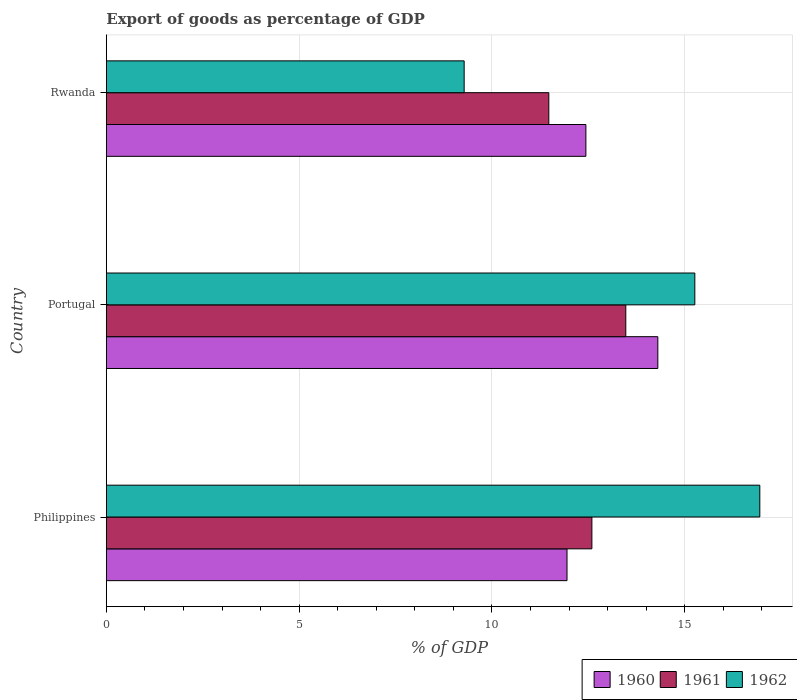
| Country | 1960 | 1961 | 1962 |
 | --- | --- | --- | --- |
 | Philippines | 11.9 | 12.6 | 16.9 |
 | Portugal | 14.3 | 13.5 | 15.3 |
 | Rwanda | 12.4 | 11.5 | 9.28 |